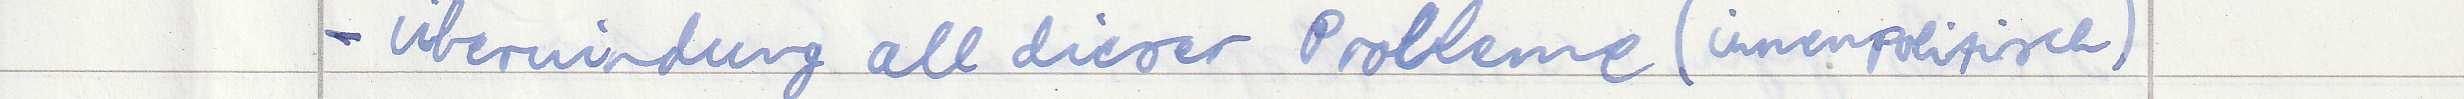
- Überwindung all dieser Probleme (innenpolitisch)